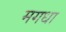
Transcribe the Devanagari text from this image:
मगधा